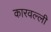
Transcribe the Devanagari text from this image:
कारवल्ली